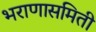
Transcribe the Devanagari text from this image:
भराणासमिती